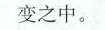
变之中。